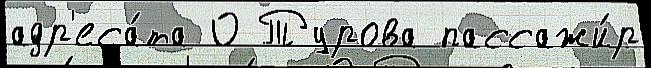
адр'еса́та О Турова пассажи́р